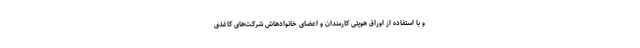
و با استفاده از اوراق هویتی کارمندان و اعضای خانوادهاش شرکت‌های کاغذی